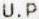
U.P